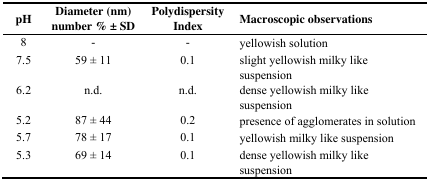
<table><thead><tr><td><b>pH</b></td><td><b>Diameter (nm) number % ± SD</b></td><td><b>Polydispersity Index</b></td><td><b>Macroscopic observations</b></td></tr></thead><tbody><tr><td>8</td><td>-</td><td>-</td><td>yellowish solution</td></tr><tr><td>7.5</td><td>59 ± 11</td><td>0.1</td><td>slight yellowish milky like suspension</td></tr><tr><td>6.2</td><td>n.d.</td><td>n.d.</td><td>dense yellowish milky like suspension</td></tr><tr><td>5.2</td><td>87 ± 44</td><td>0.2</td><td>presence of agglomerates in solution</td></tr><tr><td>5.7</td><td>78 ± 17</td><td>0.1</td><td>yellowish milky like suspension</td></tr><tr><td>5.3</td><td>69 ± 14</td><td>0.1</td><td>dense yellowish milky like suspension</td></tr></tbody></table>